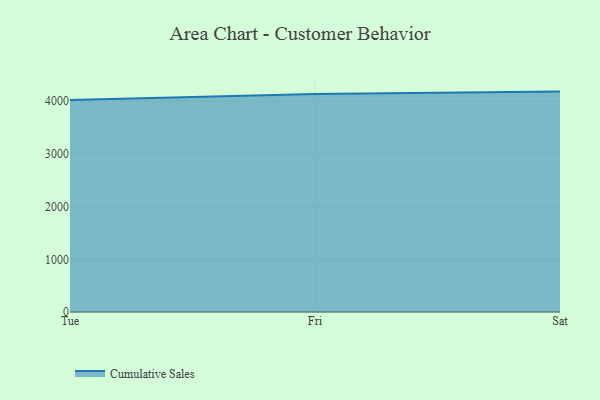
{"axis": {"x": "Day", "y": "Page Views"}, "legend": ["Cumulative Sales"], "data": [{"x": "Tue", "y": 4024.3, "type": "Cumulative Sales"}, {"x": "Fri", "y": 4139.9, "type": "Cumulative Sales"}, {"x": "Sat", "y": 4183.2, "type": "Cumulative Sales"}]}